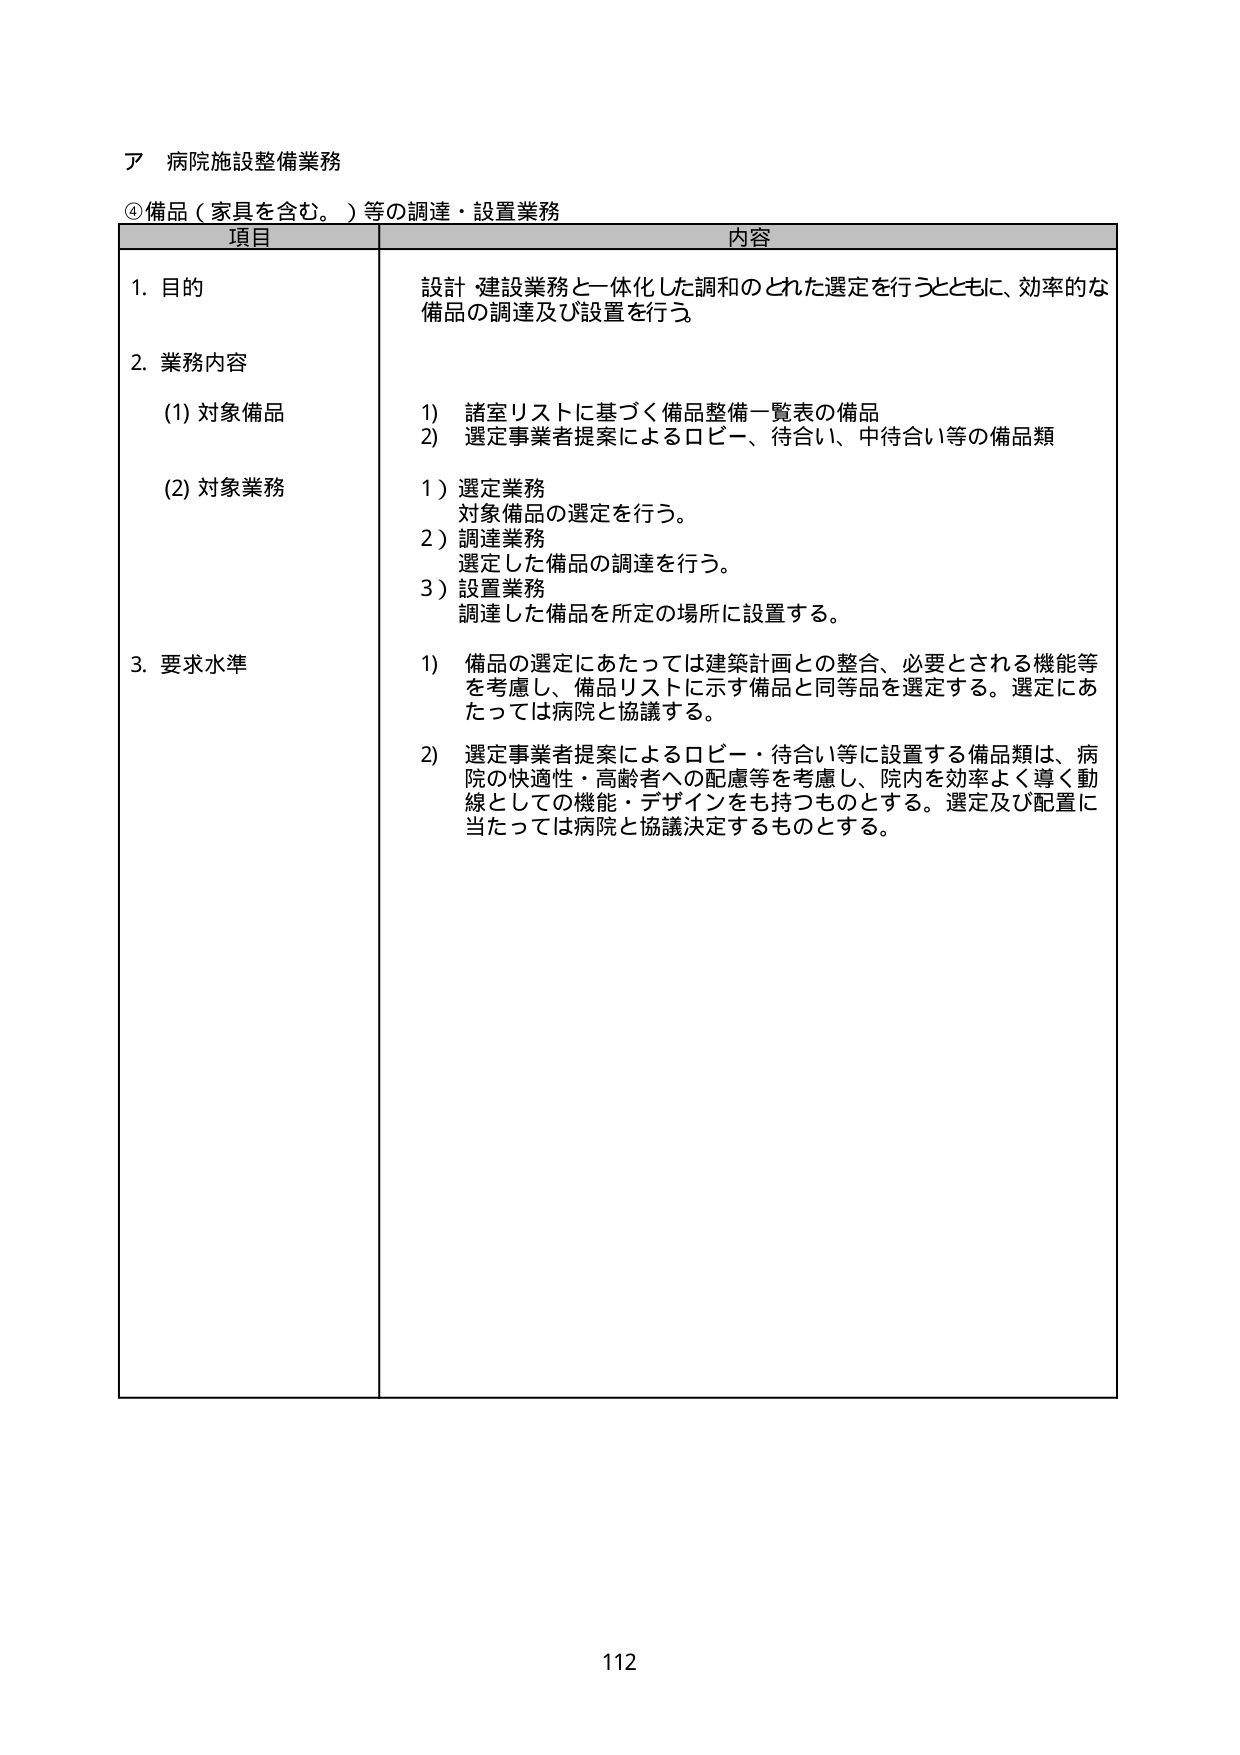
ア 病院施設整備業務
④備品（家具を含む。）等の調達・設置業務

項目 内容

1. 目的
設計・建設業務と一体化した調和のとれた選定を行うとともに、効率的な備品の調達及び設置を行う。

2. 業務内容
(1) 対象備品
1) 諸室リストに基づく備品整備一覧表の備品
2) 選定事業者提案によるロビー、待合い、中待合い等の備品類

(2) 対象業務
1) 選定業務
対象備品の選定を行う。
2) 調達業務
選定した備品の調達を行う。
3) 設置業務
調達した備品を所定の場所に設置する。

3. 要求水準
1) 備品の選定にあたっては建築計画との整合、必要とされる機能等を考慮し、備品リストに示す備品と同等品を選定する。選定にあたっては病院と協議する。
2) 選定事業者提案によるロビー・待合い等に設置する備品類は、病院の快適性・高齢者への配慮等を考慮し、院内を効率よく導く動線としての機能・デザインをもつものとする。選定及び配置に当たっては病院と協議決定するものとする。

112